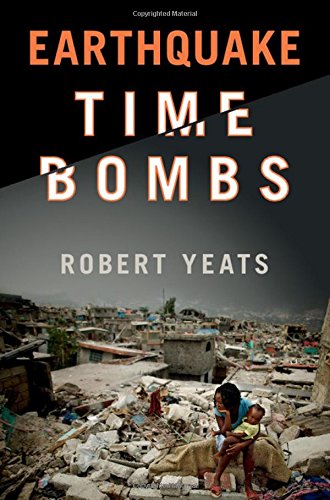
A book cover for Earthquake Time Bombs; Robert Yeats; Science & Math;